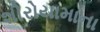
શીરોયામાના